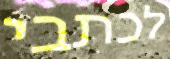
לכתבי